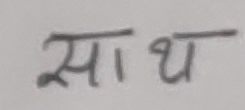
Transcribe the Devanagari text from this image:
साथ